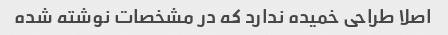
اصلا طراحی خمیده ندارد که در مشخصات نوشته شده